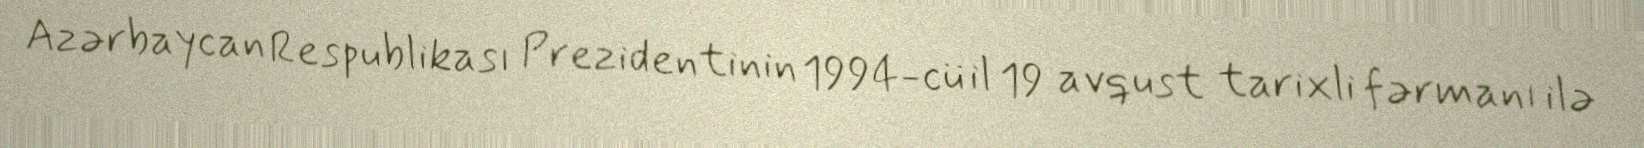
Azərbaycan Respublikası Prezidentinin 1994-cü il 19 avqust tarixli fərmanı ilə